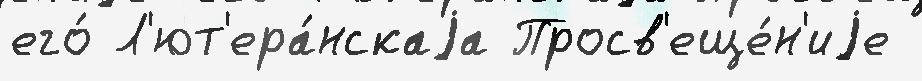
его́ Л'ют'ера́нскаjа Просв'еще́н'иjе